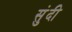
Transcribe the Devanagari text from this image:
सुंदी